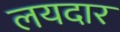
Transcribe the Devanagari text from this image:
लयदार